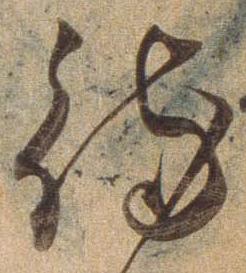
待